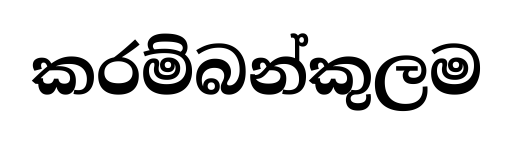
කරම්බන්කුලම